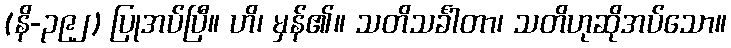
(နိ-၃၉၂) ပြုအပ်ပြီ။ ဟိ၊ မှန်၏။ သတိသင်္ခါတာ၊ သတိဟုဆိုအပ်သော။